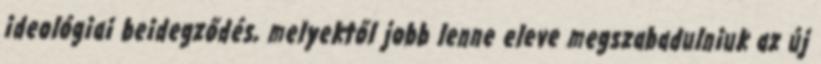
ideológiai beidegződés, melyektől jobb lenne eleve megszabadulniuk az új